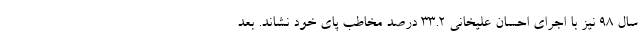
سال 98 نیز با اجرای احسان علیخانی 33.2 درصد مخاطب پای خود نشاند. بعد